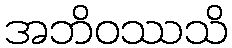
အဘိဝဿသိ